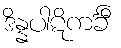
ဒိန္နပါဋိကင်္ခီ